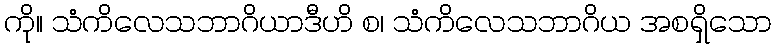
ကို။ သံကိလေသဘာဂိယာဒီဟိ စ၊ သံကိလေသဘာဂိယ အစရှိသော